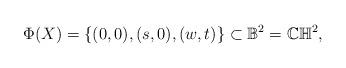
LaTeX: \begin{align*}\Phi(X)=\left\{ (0,0),(s,0),(w,t)\right\} \subset\mathbb{B}^{2}=\mathbb{CH}^{2}, \end{align*}